Annual report of the Madras Medical College
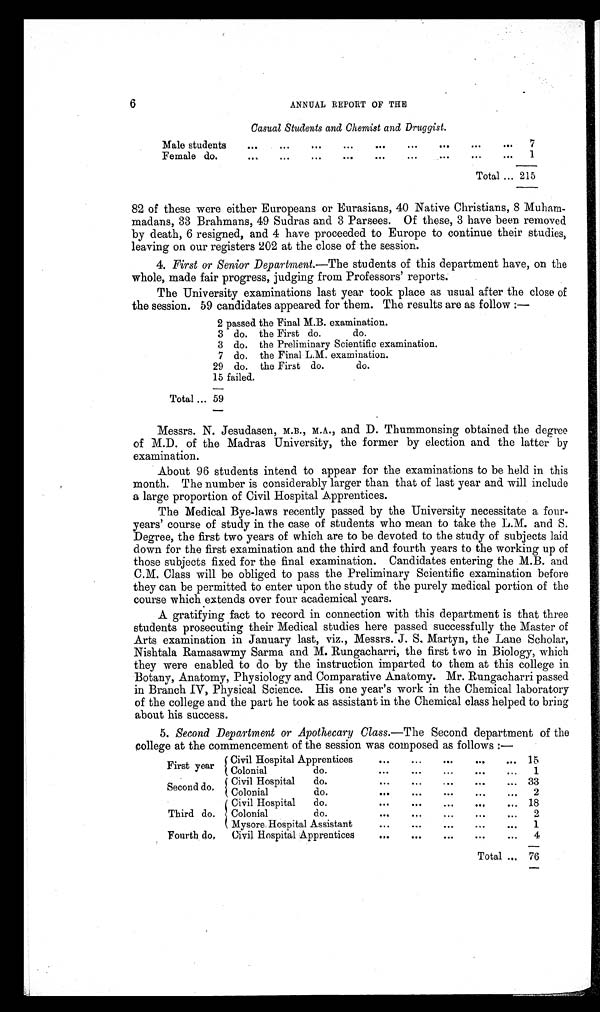
6
ANNUAL REPORT OFTHE
Casual Students and Chemist and Druggist.
82 of these were either Europeans or Eurasians, 40 Native Christians, 8 Muha
m m a d a n s , 3 3 B r a h m a n s , 4 9 S u d r a s a n d 3 P a r s e e s . O f t h e s e , 3 h a v e b e e n r e m o v e d
by death, 6 resigned, and 4 have proceeded to Europe to continue their studies,
leaving on our registers 202 at the close of the session.
4. First or Senior Department. —The students of this department have, on the
whole, made fair progress, judging from Professors’ reports.
The University examinations last year took place as usual after the close of
the session. 59 candidates appeared for them. The results are as follow:—
Messrs. N. Jesudasen, M.B., M.A., and D. Thummonsing obtained the degree
of M.D. of the Madras University, the former by election and the latter by
examination.
About 96 students intend to appear for the examinations to be held in this
month. The number is considerably larger than that of last year and will include
a large proportion of Civil Hospital Apprentices.
The Medical Bye-laws recently passed by the University necessitate a four
-years’ course of study in the case of students who mean to take the L.M. and S.
Degree, the first two years of which are to be devoted to the study of subjects laid
down for the first examination and the third and fourth years to the working up of
those subjects fixed for the final examination. Candidates entering the M.B. and
C.M. Class will be obliged to pass the Preliminary Scientific examination before
they can be permitted to enter upon the study of the purely medical portion of the
course which extends over four academical years.
A gratifying fact to record in connection with this department is that three
students prosecuting their Medical studies here passed successfully the Master of
Arts examination in January last, viz., Messrs. J. S. Martyn, the Lane Scholar,
Nishtala Ramasawmy Sarma and M. Rungacharri, the first two in Biology, which
they were enabled to do by the instruction imparted to them at this college in
Botany, Anatomy, Physiology and Comparative Anatomy. Mr. Rungacharri passed
in Branch IV, Physical Science. His one year’s work in the Chemical laboratory
of the college and the part he took as assistant in the Chemical class helped to bring
about his success.
5. Second Department or Apothecary Class. —The Second department of the
college at the commencement of the session was composed as follows:—